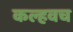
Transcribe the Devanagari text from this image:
कल्हवच